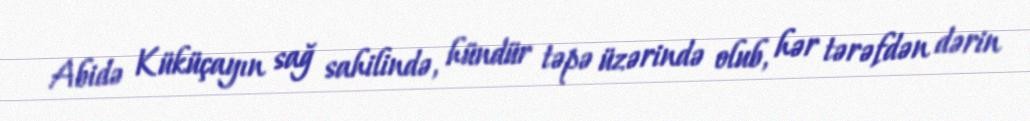
Abidə Küküçayın sağ sahilində, hündür təpə üzərində olub, hər tərəfdən dərin